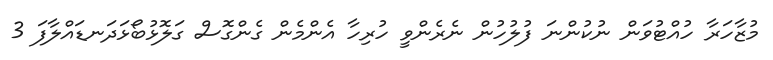
މުޒާހަރާ ހުއްޓުވަން ނުކުންނަ ފުލުހުން ނެރެންވީ ހުރިހާ އެންމެން ގެންގޮސް ގަލޮޅުބޯޅަދަނޑައްލާފަ 3